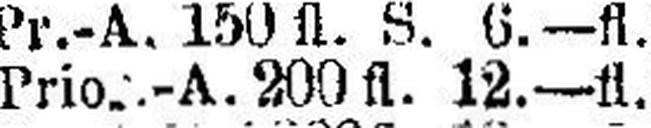
Prio.-A. 200 fl. 12.—fl.